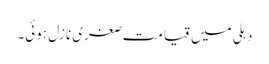
دہلی میں قیامت صغری نازل ہوئی۔